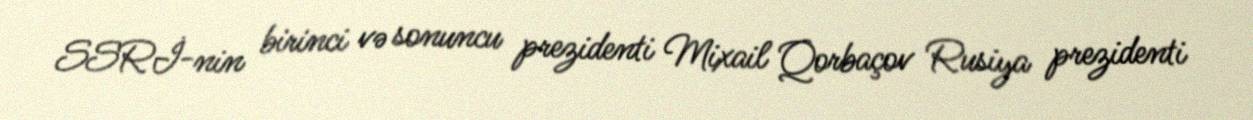
SSRİ-nin birinci və sonuncu prezidenti Mixail Qorbaçov Rusiya prezidenti